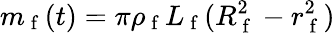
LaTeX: m_{\mathrm{~f~}}(t)=\pi\rho_{\mathrm{~f~}}L_{\mathrm{~f~}}(R_{\mathrm{~f~}}^{2}-r_{\mathrm{~f~}}^{2})